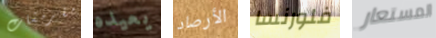
مقرمشات يعيده الأرصاد فلورنسا المستعار